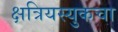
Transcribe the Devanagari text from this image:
क्षत्रियस्युकचा